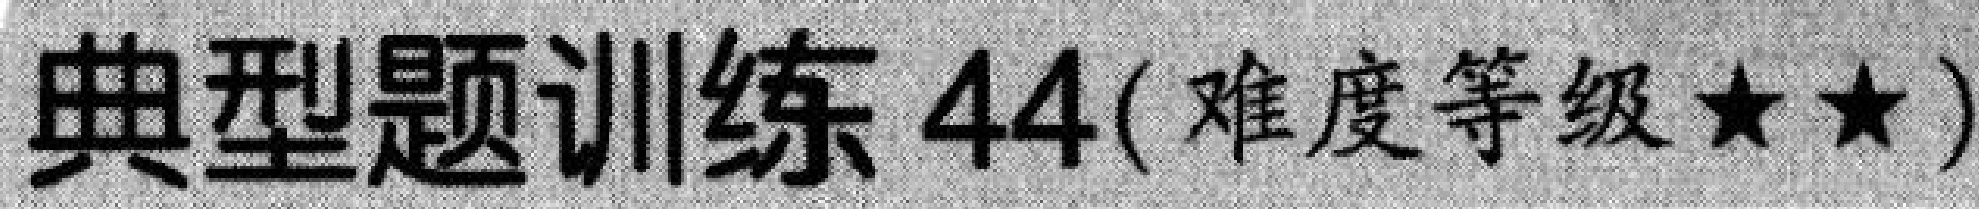
典型题训练44(难度等级★★)